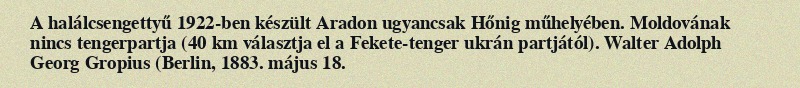
A halálcsengettyű 1922-ben készült Aradon ugyancsak Hőnig műhelyében. Moldovának nincs tengerpartja (40 km választja el a Fekete-tenger ukrán partjától). Walter Adolph Georg Gropius (Berlin, 1883. május 18.